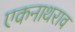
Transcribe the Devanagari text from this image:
एकनाथराव